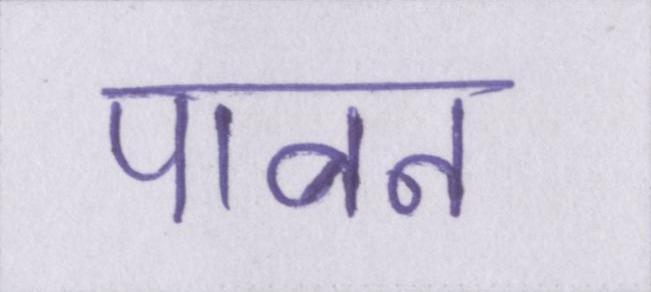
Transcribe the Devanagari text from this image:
पावन